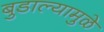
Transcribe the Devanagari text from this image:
बुडाल्यामुळे